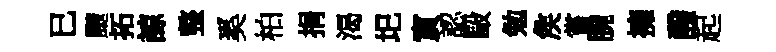
已颼拓諒整奚柏捐渴圯賔認毆勉矦嘗腕擁醱起